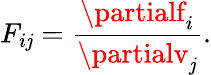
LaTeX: F_{i\mathit{j}}={\frac{{\partialf_{i}}}{{\partialv_{\mathit{j}}}}}.